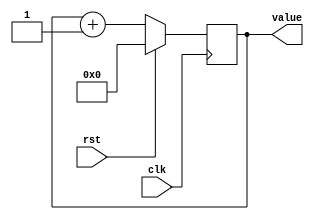
/*
   This file was generated automatically by Alchitry Labs version 1.2.7.
   Do not edit this file directly. Instead edit the original Lucid source.
   This is a temporary file and any changes made to it will be destroyed.
*/

/*
   Parameters:
     SIZE = CLOCKSIZE
     DIV = 0
     TOP = 0
     UP = 1
*/
module counter_15 (
    input clk,
    input rst,
    output reg [6:0] value
  );
  
  localparam SIZE = 3'h7;
  localparam DIV = 1'h0;
  localparam TOP = 1'h0;
  localparam UP = 1'h1;
  
  
  reg [6:0] M_ctr_d, M_ctr_q = 1'h0;
  
  localparam MAX_VALUE = 1'h0;
  
  always @* begin
    M_ctr_d = M_ctr_q;
    
    value = M_ctr_q;
    if (1'h1) begin
      M_ctr_d = M_ctr_q + 1'h1;
      if (1'h0 && M_ctr_q == 1'h0) begin
        M_ctr_d = 1'h0;
      end
    end else begin
      M_ctr_d = M_ctr_q - 1'h1;
      if (1'h0 && M_ctr_q == 1'h0) begin
        M_ctr_d = 1'h0;
      end
    end
  end
  
  always @(posedge clk) begin
    if (rst == 1'b1) begin
      M_ctr_q <= 1'h0;
    end else begin
      M_ctr_q <= M_ctr_d;
    end
  end
  
endmodule